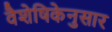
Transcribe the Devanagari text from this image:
वैशेषिकेनुसार